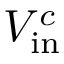
V _ { \mathrm { i n } } ^ { c }